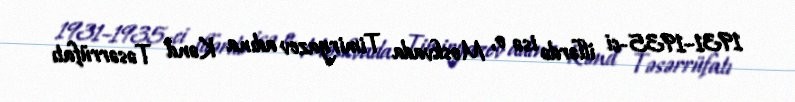
1931–1935-ci illərdə isə o, Moskvada Timiryazev adına Kənd Təsərrüfatı